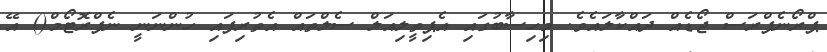
ޕްރޯނެފްރަސް ޖޯޑެއް ދައްކާލައެވެ. މިހިސާބުގައި އެޕިތީލިއަލް ސެލްތައް އެތުރިފައި ހުންނަނީ ނެފްރޮޓޯމް() އޭ